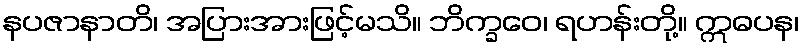
နပဇာနာတိ၊ အပြားအားဖြင့်မသိ။ ဘိက္ခဝေ၊ ရဟန်းတို့။ ဣဓပန၊